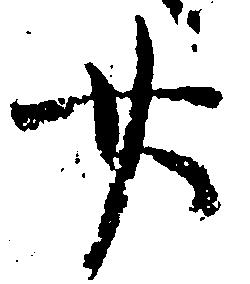
廿